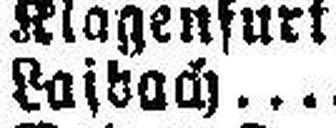
Laibach